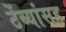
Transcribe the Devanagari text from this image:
टेंब्यांसह